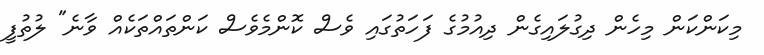
މިކަންކަން މިހެން ދިގުލައިގެން ދިއުމުގެ ފަހަތުގައި ވެސް ކޮންމެވެސް ކަންތައްތަކެއް ވާނެ" ލުތުފީ